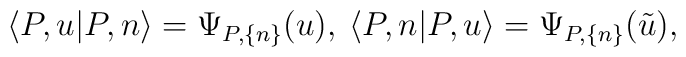
\langle P,u|P,n\rangle=\Psi_{P,\{n\}}(u),\:  \langle P,n|P,u\rangle=\Psi_{P,\{n\}}(\tilde{u}),